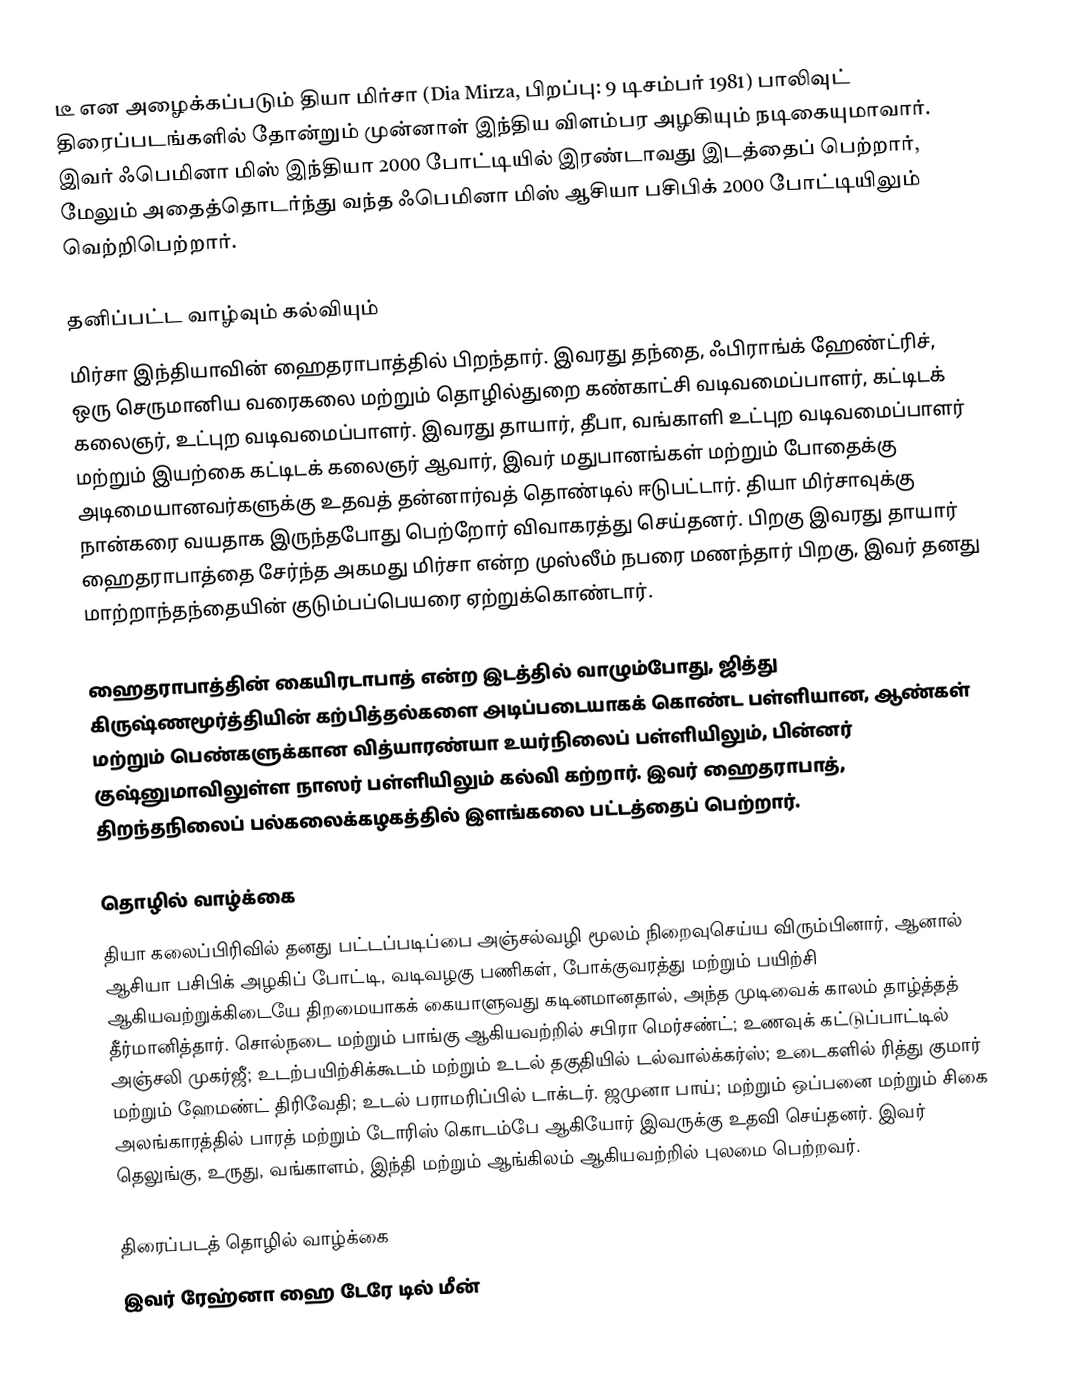
டீ  என அழைக்கப்படும் தியா மிர்சா (Dia Mirza, பிறப்பு: 9 டிசம்பர் 1981) பாலிவுட் திரைப்படங்களில் தோன்றும் முன்னாள் இந்திய விளம்பர அழகியும் நடிகையுமாவார். இவர் ஃபெமினா மிஸ் இந்தியா 2000 போட்டியில் இரண்டாவது இடத்தைப் பெற்றார், மேலும் அதைத்தொடர்ந்து வந்த ஃபெமினா மிஸ் ஆசியா பசிபிக் 2000 போட்டியிலும் வெற்றிபெற்றார்.

தனிப்பட்ட வாழ்வும் கல்வியும்
மிர்சா இந்தியாவின் ஹைதராபாத்தில் பிறந்தார். இவரது தந்தை, ஃபிராங்க் ஹேண்ட்ரிச், ஒரு செருமானிய வரைகலை மற்றும் தொழில்துறை கண்காட்சி வடிவமைப்பாளர், கட்டிடக் கலைஞர், உட்புற வடிவமைப்பாளர். இவரது தாயார், தீபா, வங்காளி உட்புற வடிவமைப்பாளர் மற்றும் இயற்கை கட்டிடக் கலைஞர் ஆவார், இவர் மதுபானங்கள் மற்றும் போதைக்கு அடிமையானவர்களுக்கு உதவத் தன்னார்வத் தொண்டில் ஈடுபட்டார். தியா மிர்சாவுக்கு நான்கரை வயதாக இருந்தபோது பெற்றோர் விவாகரத்து செய்தனர். பிறகு இவரது தாயார் ஹைதராபாத்தை சேர்ந்த அகமது மிர்சா என்ற முஸ்லீம் நபரை மணந்தார் பிறகு, இவர் தனது மாற்றாந்தந்தையின் குடும்பப்பெயரை ஏற்றுக்கொண்டார்.

ஹைதராபாத்தின் கையிரடாபாத் என்ற இடத்தில் வாழும்போது, ஜித்து கிருஷ்ணமூர்த்தியின் கற்பித்தல்களை அடிப்படையாகக் கொண்ட பள்ளியான, ஆண்கள் மற்றும் பெண்களுக்கான வித்யாரண்யா உயர்நிலைப் பள்ளியிலும், பின்னர் குஷ்னுமாவிலுள்ள நாஸர் பள்ளியிலும் கல்வி கற்றார். இவர் ஹைதராபாத், திறந்தநிலைப் பல்கலைக்கழகத்தில் இளங்கலை பட்டத்தைப் பெற்றார்.

தொழில் வாழ்க்கை
தியா கலைப்பிரிவில் தனது பட்டப்படிப்பை அஞ்சல்வழி மூலம் நிறைவுசெய்ய விரும்பினார், ஆனால் ஆசியா பசிபிக் அழகிப் போட்டி, வடிவழகு பணிகள், போக்குவரத்து மற்றும் பயிற்சி ஆகியவற்றுக்கிடையே திறமையாகக் கையாளுவது கடினமானதால், அந்த முடிவைக் காலம் தாழ்த்தத் தீர்மானித்தார். சொல்நடை மற்றும் பாங்கு ஆகியவற்றில் சபிரா மெர்சண்ட்; உணவுக் கட்டுப்பாட்டில் அஞ்சலி முகர்ஜீ; உடற்பயிற்சிக்கூடம் மற்றும் உடல் தகுதியில் டல்வால்க்கர்ஸ்; உடைகளில் ரித்து குமார் மற்றும் ஹேமண்ட் திரிவேதி; உடல் பராமரிப்பில் டாக்டர். ஜமுனா பாய்; மற்றும் ஒப்பனை மற்றும் சிகை அலங்காரத்தில் பாரத் மற்றும் டோரிஸ் கொடம்பே ஆகியோர் இவருக்கு உதவி செய்தனர். இவர் தெலுங்கு, உருது, வங்காளம், இந்தி மற்றும் ஆங்கிலம் ஆகியவற்றில் புலமை பெற்றவர்.

திரைப்படத் தொழில் வாழ்க்கை
இவர் ரேஹ்னா ஹை டேரே டில் மீன்